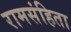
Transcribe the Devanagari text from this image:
रामसंहिता